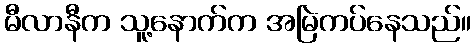
မီလာနီက သူ့နောက်က အမြဲကပ်နေသည်။